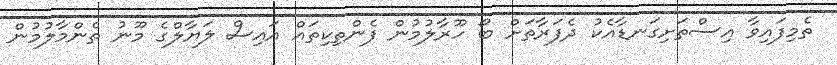
ތެމިފައިވާ އިސްތަށިގަނޑާއެކު ދެފަރާތަށް ބޯ ހޫރާލުމުން ފެންތިކިތައް އައިސް ލަޔާލްގެ މޫނު ތެންމާލުމުން